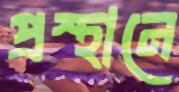
প্রস্থানে